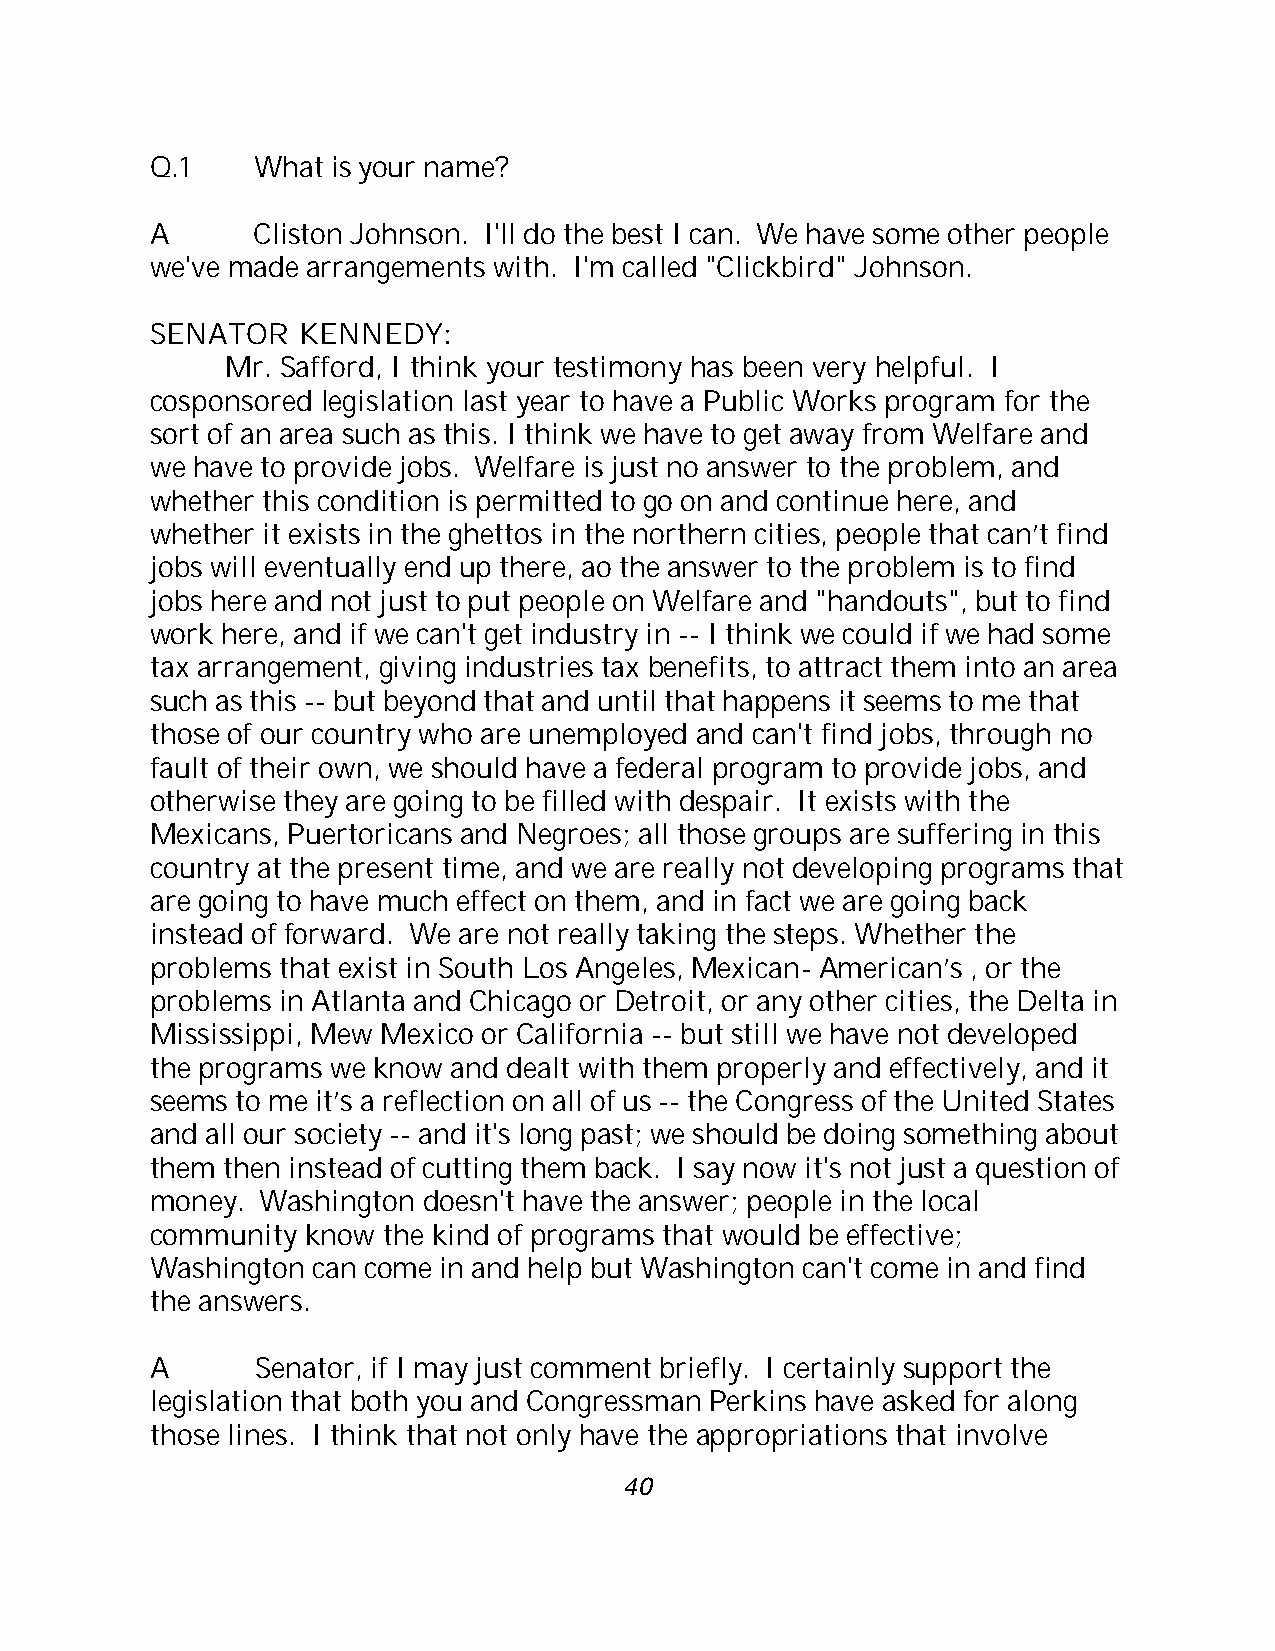
Q.1    What is your name?
 A      Cliston Johnson. I'll do the best I can. We have some other people
 we've made arrangements with. I'm called "Clickbird" Johnson.
 SENATOR   KENNEDY:
 Mr. Safford, I think your testimony has been very helpful. I
 cosponsored legislation last year to have a Public Works program for the
 sort of an area such as this. I think we have to get away from Welfare and
 we have to provide jobs. Welfare is just no answer to the problem, and
 whether this condition is permitted to go on and continue here, and
 whether it exists in the ghettos in the northern cities, people that can’t find
 jobs will eventually end up there, ao the answer to the problem is to find
 jobs here and not just to put people on Welfare and "handouts", but to find
 work here, and if we can't get industry in -- I think we could if we had some
 tax arrangement, giving industries tax benefits, to attract them into an area
 such as this -- but beyond that and until that happens it seems to me that
 those of our country who are unemployed and can't find jobs, through no
 fault of their own, we should have a federal program to provide jobs, and
 otherwise they are going to be filled with despair. It exists with the
 Mexicans, Puertoricans and Negroes; all those groups are suffering in this
 country at the present time, and we are really not developing programs that
 are going to have much effect on them, and in fact we are going back
 instead of forward. We are not really taking the steps. Whether the
 problems that exist in South Los Angeles, Mexican- American’s , or the
 problems in Atlanta and Chicago or Detroit, or any other cities, the Delta in
 Mississippi, Mew Mexico or California -- but still we have not developed
 the programs we know and dealt with them properly and effectively, and it
 seems to me it’s a reflection on all of us -- the Congress of the United States
 and all our society -- and it's long past; we should be doing something about
 them then instead of cutting them back. I say now it's not just a question of
 money. Washington doesn't have the answer; people in the local
 community know the kind of programs that would be effective;
 Washington can come in and help but Washington can't come in and find
 the answers.
 A      Senator, if I may just comment briefly. I certainly support the
 legislation that both you and Congressman Perkins have asked for along
 those lines. I think that not only have the appropriations that involve
 40